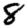
Digit: 8